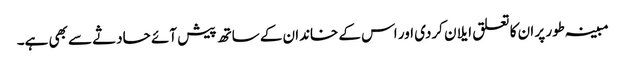
مبینہ طور پر ان کا تعلق ایلان کردی اور اس کے خاندان کے ساتھ پیش آئے حادثے سے بھی ہے۔